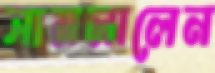
সামলালেন